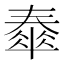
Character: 𡙹